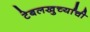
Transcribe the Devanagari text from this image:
टेबलखुर्च्यांची